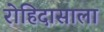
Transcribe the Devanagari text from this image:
रोहिदासाला